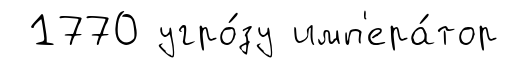
1770 угро́зу имп'ера́тор